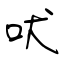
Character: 吠